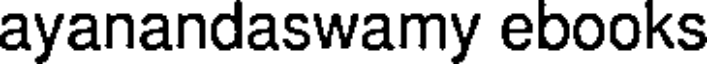
ayanandaswamy ebooks